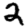
Digit: 2